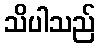
သိပါသည်